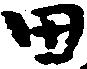
田